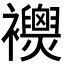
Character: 𧟈